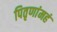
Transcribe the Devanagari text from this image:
पितृणांमहं